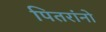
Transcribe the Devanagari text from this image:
पितरांनो